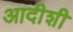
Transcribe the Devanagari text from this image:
आदीशी